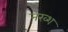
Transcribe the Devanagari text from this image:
नख्श